Vabadussoja_Ajaloo_Komitee, lk 259
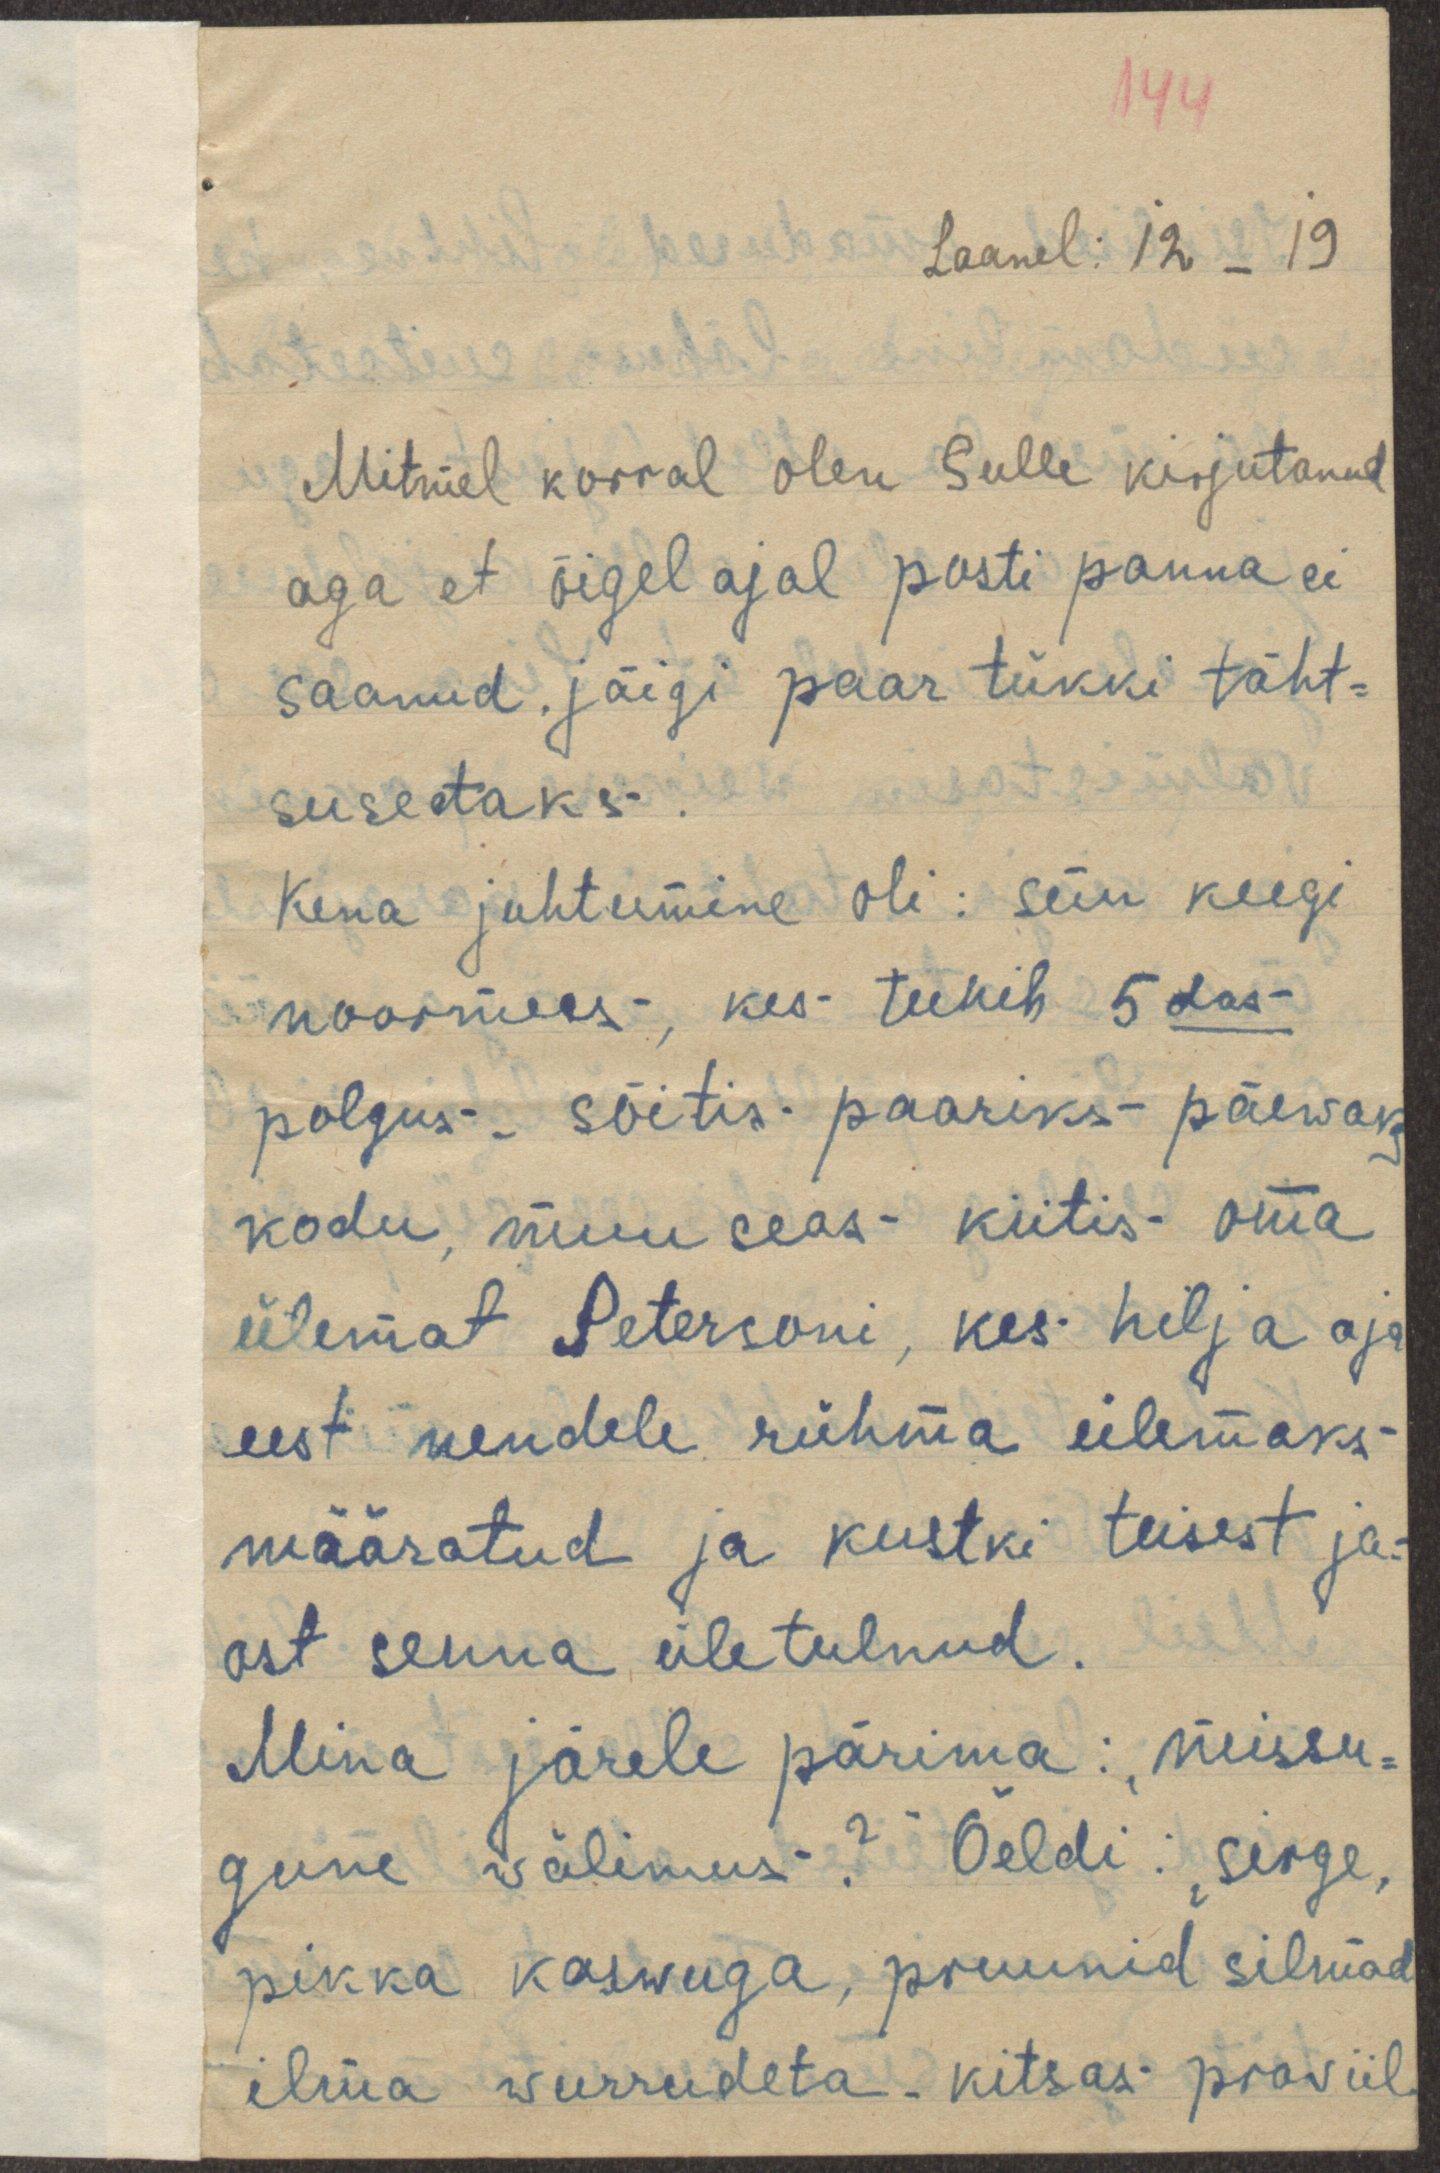
144
Laanel: 12_19
Mitmel korral olen Sulle kirjutanud
aga et õigel ajal posti panna ei
saanud, jäigi paar tükki täht-
susetaks.
Kena juhtumine oli: siin keegi
noormees, kes teenib 5das
polgus - sõitis paariks päewaks
kodu, muuseas kiitis oma
ülemat Petersoni, kes hilja aja
eest nendele rühma ülemaks
määratud ja kustki teisest ja-
ost senna ületulnud.
Mina järele pärima: "missu-
gune välimus?" Öeldi: "sirge,
pikka kaswuga, pruunid silmad
ilma wurrudeta. kitsas proviil.